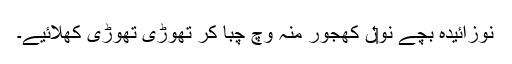
نوزائیدہ بچے نو‏‏ں کھجور منہ وچ چبا کر تھوڑی تھوڑی کھلائیے۔